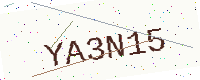
Text: YA3N15